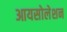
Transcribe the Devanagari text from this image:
आयसोलेशन